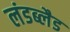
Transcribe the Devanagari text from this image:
लंडब्लैड